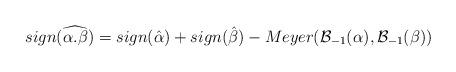
LaTeX: \begin{align*}sign(\widehat{\alpha.\beta})=sign(\hat{\alpha})+sign(\hat{\beta})-Meyer({\mathcal B}_{-1}(\alpha),{\mathcal B}_{-1}(\beta))\end{align*}